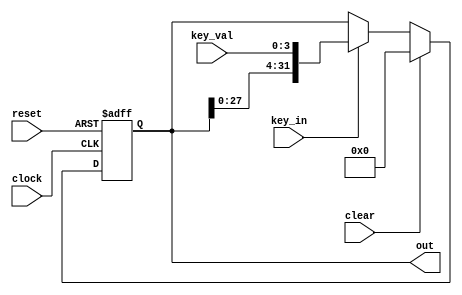
module keybuf(input clock,
	      input reset,
	      input key_in,
	      input [3:0] key_val,
	      input clear,
	      output [31:0] out);
reg [31:0] buffer; 
always @(posedge clock or negedge reset)
begin
	if(!reset)
	begin
		buffer<=32'b0;
	end
	else if(clear)
	begin
		buffer<=32'b0;
	end
	else if(key_in)
	begin
		buffer<={buffer[27:0],key_val};
	end
end
assign out=buffer;
endmodule